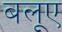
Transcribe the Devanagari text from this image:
बलूए